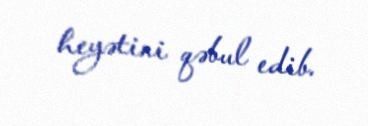
heyətini qəbul edib.